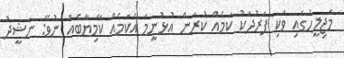
މަޖިލީހުގައި ވަކި ފަރުދަކު ކަމެއް ކުރަން އުޅުނީމަ އެކަމެއް ކާމިޔާބެއް ނުވޭ: ނަޝީދު